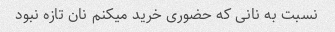
نسبت به نانی که حضوری خرید میکنم نان تازه نبود